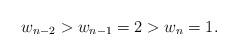
LaTeX: \begin{align*}w_{n-2} > w_{n-1}=2 > w_n = 1.\end{align*}